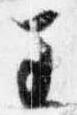
王